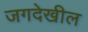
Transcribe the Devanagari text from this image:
जगदेखील